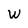
Character: W